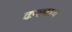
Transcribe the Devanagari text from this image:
कल्पान